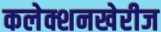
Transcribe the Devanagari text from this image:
कलेक्शनखेरीज